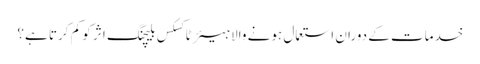
خدمات کے دوران استعمال ہونے والا ہیئر ٹاکسکس بلیچنگ اثر کو کم کرتا ہے؟